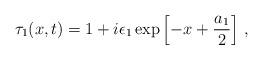
LaTeX: \begin{align*}\tau_{1}(x,t)=1 + i\epsilon_{1}\exp\left[ -x+\frac{a_{1}}{2}\right]\,,\end{align*}